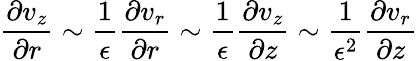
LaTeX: \frac{\partial v_{z}}{\partial r}\sim\frac{1}{\epsilon}\frac{\partial v_{r}}{\partial r}\sim\frac{1}{\epsilon}\frac{\partial v_{z}}{\partial z}\sim\frac{1}{\epsilon^{2}}\frac{\partial v_{r}}{\partial z}